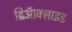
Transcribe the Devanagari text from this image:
द्विऑक्साइड